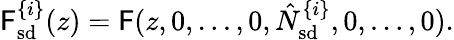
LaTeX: \mathsf{F}_{\mathrm{{sd}}}^{\{ i\} }(z)=\mathsf{F}(z,0,\ldots,0,\hat{{N}}_{\mathrm{{sd}}}^{\{ i\} },0,\ldots,0).